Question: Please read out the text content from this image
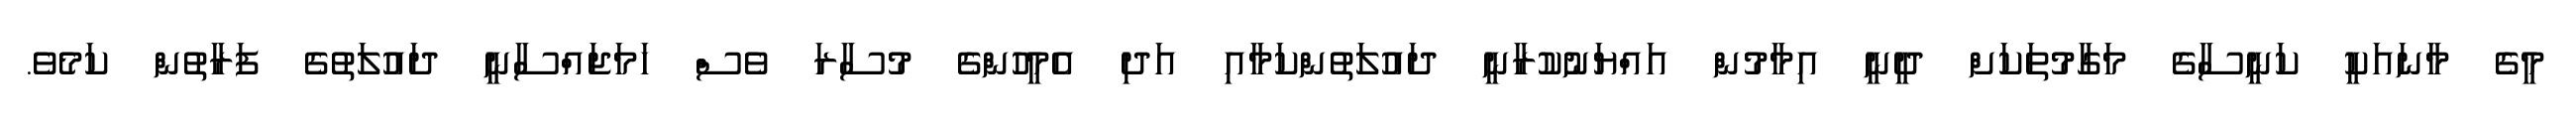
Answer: މީގެ މާނައަކީ ކަނީސާގެ މަގާމުތަކަށް ދީނީ އިމާމުން އައްޔަނުކުރާނީ ދައުލަތުންކަމާއި އަދި އެމީހުންގެ މުސާރަ ވެސް ހަމަޖައްސާނީ ދައުލަތުގެ ފަރާތުން ކަމެވެ.